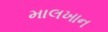
માલખાન